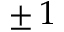
\pm \, 1